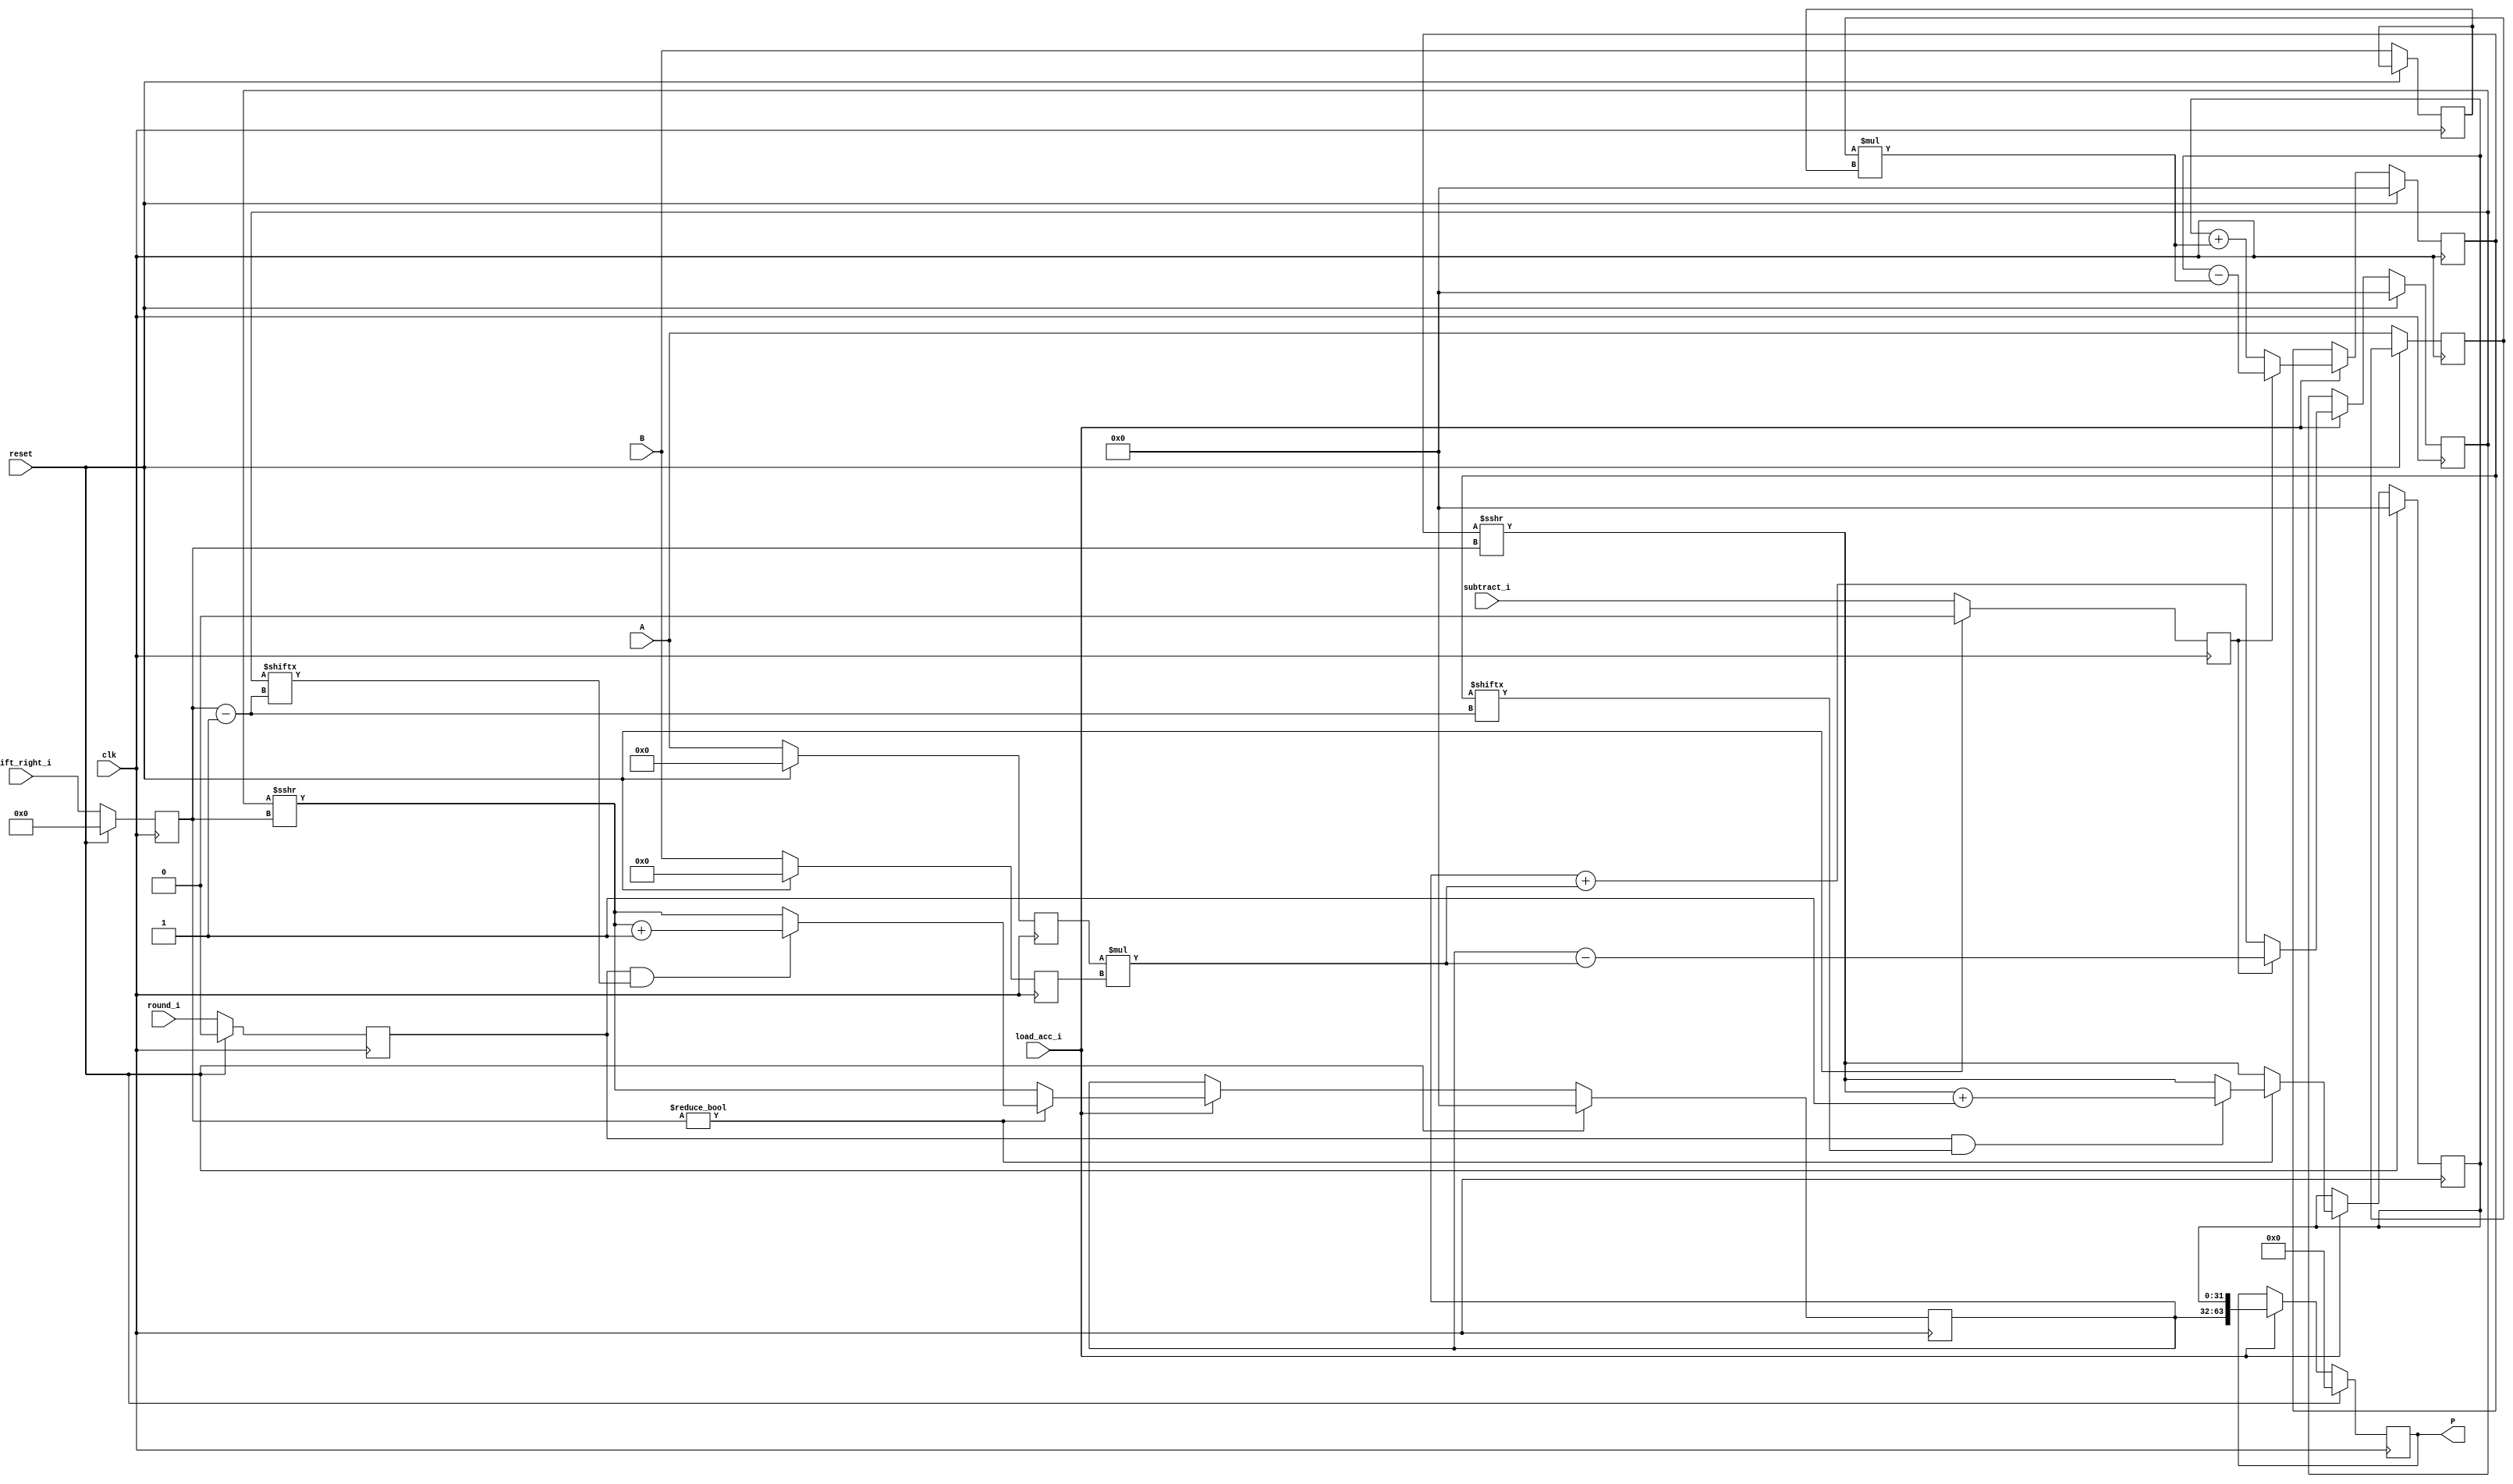
module dsp_fractured_accum_output_shifted_rounded (clk, reset, subtract_i, load_acc_i, shift_right_i, round_i, A, B, P);

	input clk, reset, subtract_i, load_acc_i;
	input [5:0] shift_right_i;
	input round_i;
	input signed [9:0] A ;
	input signed [8:0] B ;
	output reg signed [63:0] P;
	reg signed [31:0] P_f1, P_f2;
	reg signed [31:0] out_f1, out_f2, out_shift_f1, out_shift_f2;
	reg signed [9:0] i1, i1_fmode;
	reg signed [8:0] i2, i2_fmode;
	reg subtract_i_reg;
	reg [5:0] shift_right_i_reg;
	reg round_i_reg;
	reg signed [31:0] mul_f1, mul_f2, add_or_sub_f1, add_or_sub_f2;
	always @(posedge clk) begin
		if(reset == 1) begin
			i1 <= 0;
			i2 <= 0;
			subtract_i_reg <= 0;
			shift_right_i_reg <= 0;
			round_i_reg <= 0;
		end
		else begin
			i1 <= A;
			i2 <= B;
			i1_fmode <= A;
			i2_fmode <= B;
			subtract_i_reg <= subtract_i;
			shift_right_i_reg <= shift_right_i;
			round_i_reg <= round_i;
		end
	end
	always @(posedge clk) begin
		if (reset ==1 ) begin
			P <= 0;
			P_f1 <= 0;
			P_f2 <= 0;
		end
		else if (load_acc_i) begin
			P_f1 <= out_f1;
			P_f2 <= out_f2;
			P <= {P_f1, P_f2};
		end
		else begin
			P <= P;
		end
	end

	always @ (*)  begin
		mul_f1  = i1 * i2;
		mul_f2  = i1_fmode * i2_fmode;
	end

	always @ (posedge clk)  begin
		if (reset) begin
			add_or_sub_f1 <= 0;
			add_or_sub_f2 <= 0;
		end
		else if (load_acc_i) begin
			if (subtract_i_reg) begin
				add_or_sub_f1 <= P_f1 - mul_f1;
				add_or_sub_f2 <= P_f2 - mul_f2;
			end
			else begin
				add_or_sub_f1 <= P_f1 + mul_f1;
				add_or_sub_f2 <= P_f2 + mul_f2;
			end
		end
		else begin
			add_or_sub_f1 <= add_or_sub_f1;
			add_or_sub_f2 <= add_or_sub_f2;
		end
	end

	always @ (*)  begin
		out_shift_f1 = add_or_sub_f1 >>> shift_right_i_reg;
		out_shift_f2 = add_or_sub_f2 >>> shift_right_i_reg;
		if (shift_right_i_reg != 0) begin
			if (round_i_reg == 1 && add_or_sub_f1[shift_right_i_reg -1]==1) begin
				out_f1 = out_shift_f1 + 1'b1;
			end
			else begin
				out_f1 = out_shift_f1;
			end

			if (round_i_reg == 1 && add_or_sub_f2[shift_right_i_reg -1]==1) begin
				out_f2 = out_shift_f2 + 1'b1;
			end
			else begin
				out_f2 = out_shift_f2;
			end
			
		end
		else begin
			out_f1 = out_shift_f1;
			out_f2 = out_shift_f2;
		end

	end

endmodule